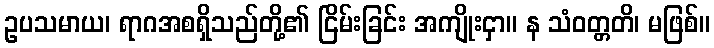
ဥပသမာယ၊ ရာဂအစရှိသည်တို့၏ ငြိမ်းခြင်း အကျိုးငှာ။ န သံဝတ္တတိ၊ မဖြစ်။